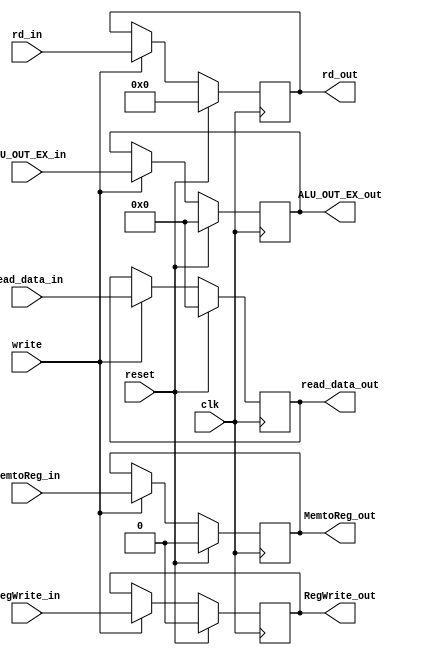
module mem_wb_pipe(
    input clk, write, reset,
    input MemtoReg_in, RegWrite_in,
    input [4:0] rd_in,
    input [31:0] ALU_OUT_EX_in, read_data_in,

    output reg MemtoReg_out, RegWrite_out,
    output reg [4:0] rd_out,
    output reg [31:0] ALU_OUT_EX_out, read_data_out
    );

always@(posedge clk) begin
    if (reset) begin
        MemtoReg_out <= 0;
        RegWrite_out <= 0;
        rd_out <= 5'b0;
        ALU_OUT_EX_out <= 32'b0;
        read_data_out <= 32'b0;
    end
    else begin
        if(write) begin
            MemtoReg_out <= MemtoReg_in;
            RegWrite_out <= RegWrite_in;
            rd_out <= rd_in;
            ALU_OUT_EX_out <= ALU_OUT_EX_in;
            read_data_out <= read_data_in;
        end
    end
end
endmodule